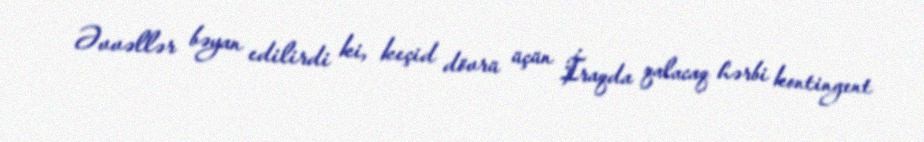
Əvvəllər bəyan edilirdi ki, keçid dövrü üçün İraqda qalacaq hərbi kontingent